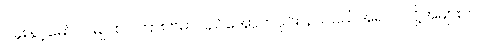
ပဲခူးနှင့်မော်လမြိုင်စပ်ကြား ဗမာပြည်အောက်ပိုင်း နယ်ပယ်အရပ်ပဲလို့အများက